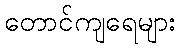
တောင်ကျရေများ